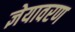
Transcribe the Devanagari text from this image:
ज्ञेयावरण